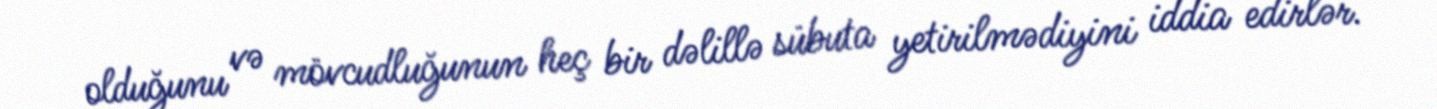
olduğunu və mövcudluğunun heç bir dəlillə sübuta yetirilmədiyini iddia edirlər.